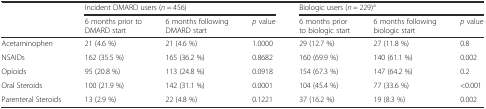
<table><thead><tr><td></td><td colspan="3"><b>Incident DMARD users (<i>n</i> = 456)</b></td><td colspan="3"><b>Biologic users (<i>n</i> = 229)<sup>a</sup></b></td></tr><tr><td></td><td><b>6 months prior to DMARD start</b></td><td><b>6 months following DMARD start</b></td><td><b><i>p</i> value</b></td><td><b>6 months prior to biologic start</b></td><td><b>6 months following biologic start</b></td><td><b><i>p</i> value</b></td></tr></thead><tbody><tr><td>Acetaminophen</td><td>21 (4.6 %)</td><td>21 (4.6 %)</td><td>1.0000</td><td>29 (12.7 %)</td><td>27 (11.8 %)</td><td>0.8</td></tr><tr><td>NSAIDs</td><td>162 (35.5 %)</td><td>165 (36.2 %)</td><td>0.8682</td><td>160 (69.9 %)</td><td>140 (61.1 %)</td><td>0.002</td></tr><tr><td>Opioids</td><td>95 (20.8 %)</td><td>113 (24.8 %)</td><td>0.0918</td><td>154 (67.3 %)</td><td>147 (64.2 %)</td><td>0.2</td></tr><tr><td>Oral Steroids</td><td>100 (21.9 %)</td><td>142 (31.1 %)</td><td>0.0001</td><td>104 (45.4 %)</td><td>77 (33.6 %)</td><td>&lt;0.001</td></tr><tr><td>Parenteral Steroids</td><td>13 (2.9 %)</td><td>22 (4.8 %)</td><td>0.1221</td><td>37 (16.2 %)</td><td>19 (8.3 %)</td><td>0.002</td></tr></tbody></table>